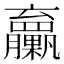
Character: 𦣔